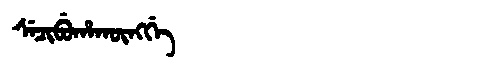
Manchu: ᠰᡝᠴᡳᠪᡠᡥᠠᡴᡡᠩᡤᡝ
Romanization: SECIBUHAKŪNGGE